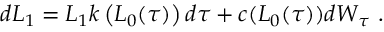
\begin{array} { r } { d L _ { 1 } = L _ { 1 } k \left( L _ { 0 } ( \tau ) \right) d \tau + c ( L _ { 0 } ( \tau ) ) d W _ { \tau } \ . } \end{array}